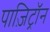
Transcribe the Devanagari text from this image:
पाज़िट्रॉन